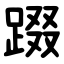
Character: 䟾